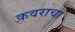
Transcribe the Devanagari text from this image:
कवराचा